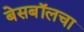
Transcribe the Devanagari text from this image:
बेसबॉलचा